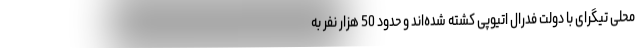
محلی تیگرای با دولت فدرال اتیوپی کشته شده‌اند و حدود 50 هزار نفر به